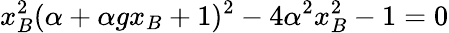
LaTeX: x_{B}^{2}(\alpha+\alpha gx_{B}+1)^{2}-4\alpha^{2}x_{B}^{2}-1=0